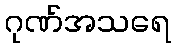
ဂုဏ်အသရေ